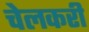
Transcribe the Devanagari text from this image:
चेलकरी